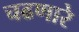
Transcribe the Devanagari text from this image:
चढणारे